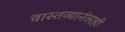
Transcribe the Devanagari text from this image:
वास्तव्यानंतरही